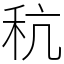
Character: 秔